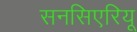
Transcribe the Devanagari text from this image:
सनसिएरियू